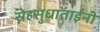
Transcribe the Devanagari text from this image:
स्नेहसुधाताईंनी